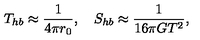
T _ { h b } \approx { \frac { 1 } { 4 \pi r _ { 0 } } } , \quad S _ { h b } \approx { \frac { 1 } { 1 6 \pi G T ^ { 2 } } } ,